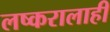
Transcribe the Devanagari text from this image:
लष्करालाही